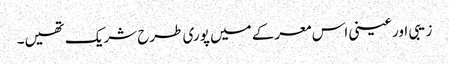
زیبی اور عینی اس معرکے میں پوری طرح شریک تھیں۔